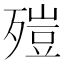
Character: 㱯